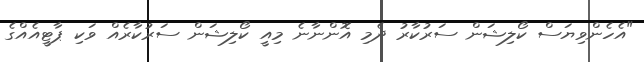
"އެހެންވިޔަސް ކޯލިޝަން ސަރުކާރު ދެމި އޮންނާނެ މިއީ ކޯލިޝަން ސަރުކާރެއް ވަކި ޕާޓީއެއްގެ